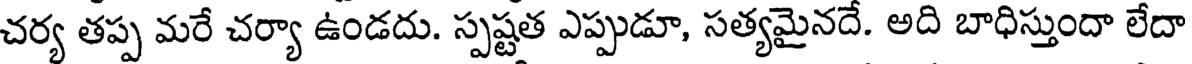
చర్య తప్ప మరే చర్యా ఉండదు. స్పష్టత ఎప్పుడూ, సత్యమైనదే. అది బాధిస్తుందా లేదా